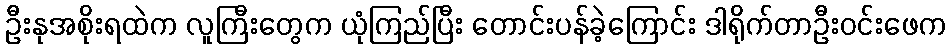
ဦးနုအစိုးရထဲက လူကြီးတွေက ယုံကြည်ပြီး တောင်းပန်ခဲ့ကြောင်း ဒါရိုက်တာဦးဝင်းဖေက